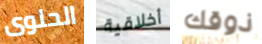
الحلوى أخلاقية ذوقك